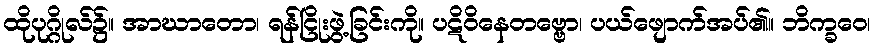
ထိုပုဂ္ဂိုလ်၌။ အာဃာတော၊ ရန်ငြိုးဖွဲ့ခြင်းကို။ ပဋိဝိနေတဗ္ဗော၊ ပယ်ဖျောက်အပ်၏။ ဘိက္ခဝေ၊